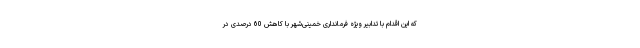
که این اقدام با تدابیر ویژه فرمانداری خمینی‌شهر با کاهش 60 درصدی در